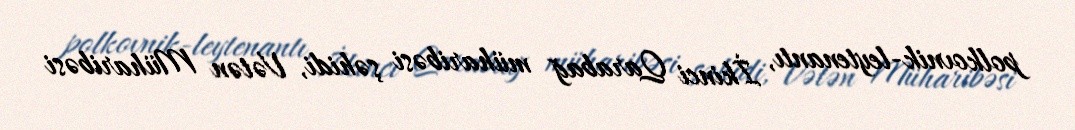
polkovnik-leytenantı, İkinci Qarabağ müharibəsi şəhidi, Vətən Müharibəsi